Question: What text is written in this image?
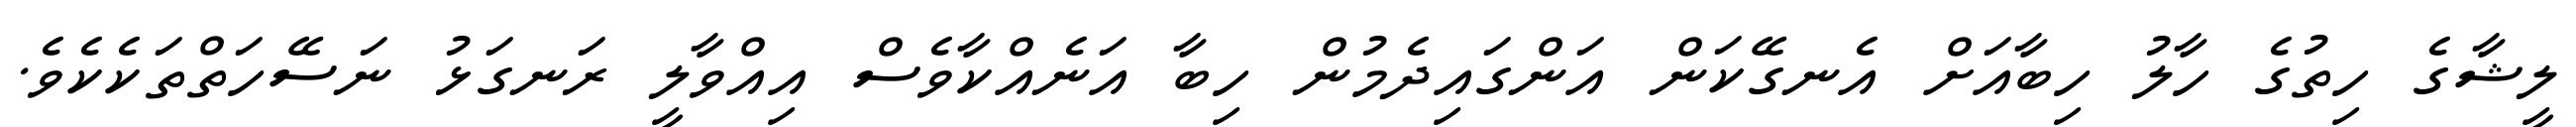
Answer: ލީޝާގެ ހިތުގެ ހާލު ހިބާއަށް އެނގޭކަން އަންގައިދެމުން ހިބާ އަނެއްކާވެސް އިއްވާލީ ރަނގަޅު ނަސޭހަތްތަކެކެވެ.